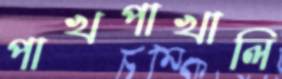
পাখপাখালি